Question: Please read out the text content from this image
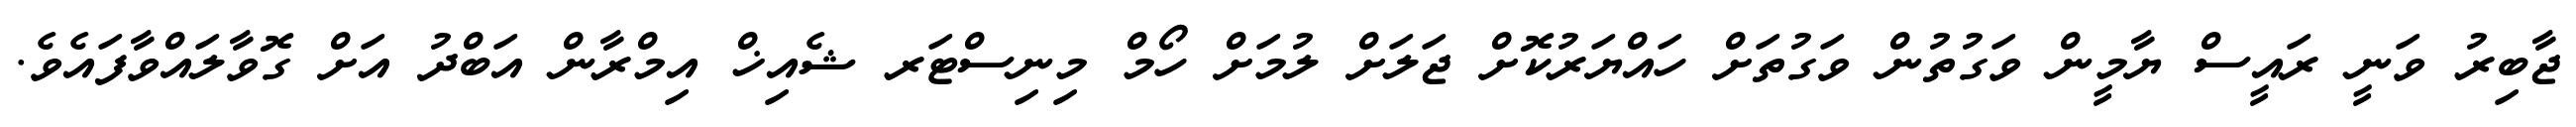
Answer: ޖާބިރު ވަނީ ރައީސް ޔާމީން ވަގުތުން ވަގުތަށް ހައްޔަރުކޮށް ޖަލަށް ލުމަށް ހޯމް މިނިސްޓަރ ޝެއިޚް އިމްރާން އަބްދު އަށް ގޮވާލައްވާފައެވެ.